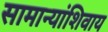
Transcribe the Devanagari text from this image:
सामान्यांशिवाय